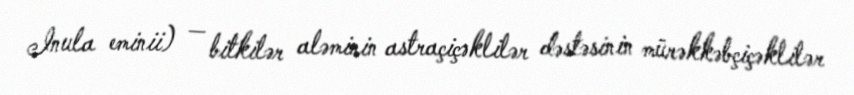
Inula eminii) — bitkilər aləminin astraçiçəklilər dəstəsinin mürəkkəbçiçəklilər